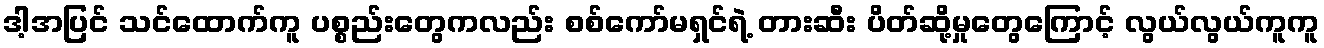
ဒါ့အပြင် သင်ထောက်ကူ ပစ္စည်းတွေကလည်း စစ်ကော်မရှင်ရဲ့ တားဆီး ပိတ်ဆို့မှုတွေကြောင့် လွယ်လွယ်ကူကူ